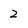
Character: 2